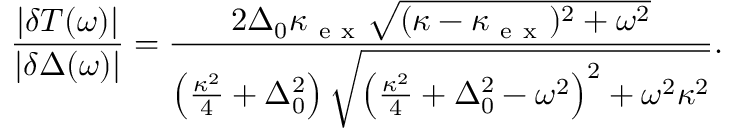
\frac { | \delta T ( \omega ) | } { | \delta \Delta ( \omega ) | } = \frac { 2 \Delta _ { 0 } \kappa _ { \mathrm { ~ e ~ x ~ } } \sqrt { ( \kappa - \kappa _ { \mathrm { ~ e ~ x ~ } } ) ^ { 2 } + \omega ^ { 2 } } } { \left( \frac { \kappa ^ { 2 } } { 4 } + \Delta _ { 0 } ^ { 2 } \right) \sqrt { \left( \frac { \kappa ^ { 2 } } { 4 } + \Delta _ { 0 } ^ { 2 } - \omega ^ { 2 } \right) ^ { 2 } + \omega ^ { 2 } \kappa ^ { 2 } } } .